Civil Veterinary Department Bihar & Orissa reports 1911-21 - 1911-1921
Year: 1911
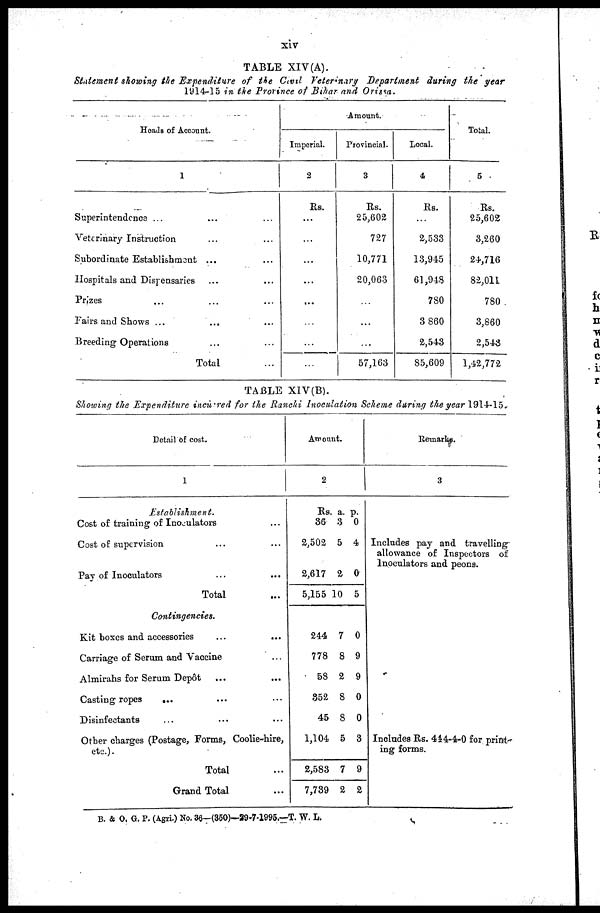
xiv
TABLE XIV (A).
Statement showing the Expenditure of tie Civil Veterinary Department during the year
1914-15 in the Province of Bihar and Orissa.
Heads of Account.
1
Superintendence ... … …
Veterinary Instruction … …
Subordinate Establishment ... …
Hospitals and Dispensaries … …
Prizes … … …
Fairs and Shows ... … …
Breeding Operations … …
Total …
Amount.
Imperial.
2
Its.
…
...
...
...
...
…
…
…
Provincial.
3
Rs.
25,602
727
10,771
20,063
…
…
...
57,163
Local.
4
Rs.
…
2,533
13,94-5
61,948
780
3 860
2,543
85,609
Total.
5
Rs.
25,602
3,260
24,716
82,011
780
3,860
2,543
1,42,772
TABLE XIV(B).
Showing the Expenditure incurred for the Ranchi Inoculation Scheme during the year 1914-15.
Detail of cost.
1
Establishment.
Cost of training of Inoculators …
Cost of supervision … …
Pay of Inoculators … …
Total …
Contingencies.
Kit boxes and accessories … …
Carriage of Serum and Vaccine …
Almirahs for Serum Depôt … …
Casting ropes
... … …
Disinfectants … … …
Other charges (Postage, Forms, Coolie-hire,
etc.).
Total …
Grand Total …
Amount.
2
Rs.
36
2,502
2,617
5,155
244
778
58
852
45
1,104
2,583
7,739
a.
3
5
2
10
7
8
2
8
8
5
7
2
p.
0
4
0
5
0
9
9
0
0
3
9
2
Remarks.
3
Includes pay and travelling
allowance of Inspectors of
Inoculators and peons.
Includes Rs. 444-4-0 for print-
ing forms.
B. & O, G. P. (Agri.) No. 36-(350)—39-7-1995.—T. W. L.